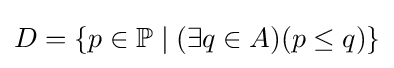
D=\left\{p\in \mathbb {P} \mid (\exists q\in A)(p\leq q)\right\}